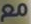
مع